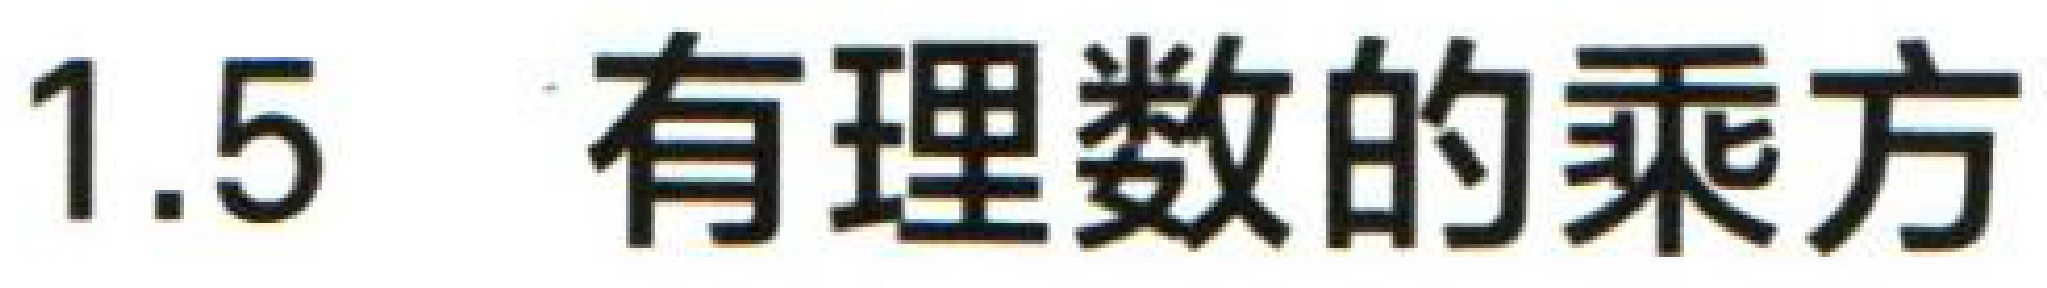
1.5 有理数的乘方